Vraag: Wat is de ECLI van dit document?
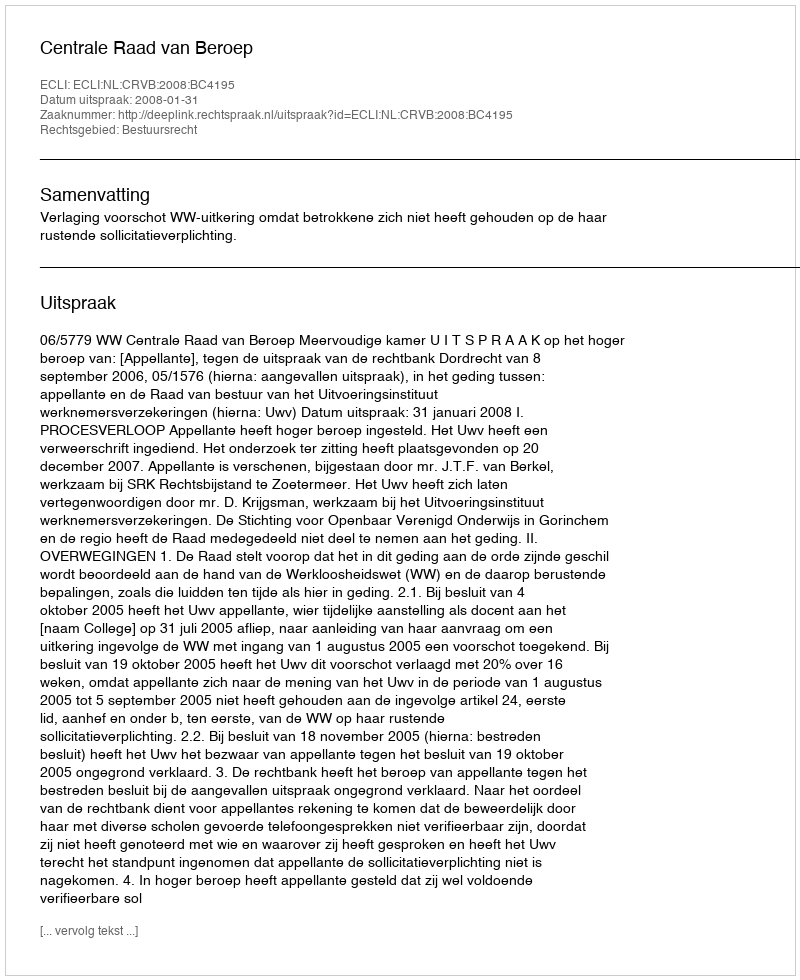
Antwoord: ECLI:NL:CRVB:2008:BC4195